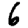
Digit: 6